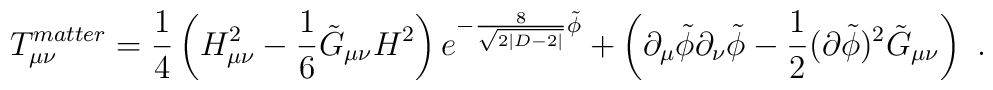
T_{\mu\nu}^{matter} = \frac{1}{4} \left( H^2_{\mu\nu} - \frac{1}{6}  \tilde{G}_{\mu\nu} H^2 \right) e^{-\frac{8}{\sqrt{2|D-2|}}\tilde{\phi}}+  \left( \partial_{\mu}\tilde{\phi} \partial_{\nu}\tilde{\phi} - \frac{1}{2} (\partial \tilde{\phi} )^2 \tilde{G}_{\mu\nu} \right)~.